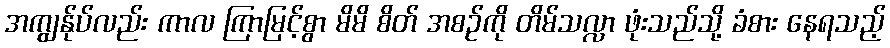
အကျွန်ုပ်လည်း ကာလ ကြာမြင့်စွာ မိမိ စိတ် အစဉ်ကို တိမ်သလ္လာ ဖုံးသည်သို့ ခံစား နေရသည့်